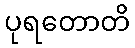
ပုရတောတိ